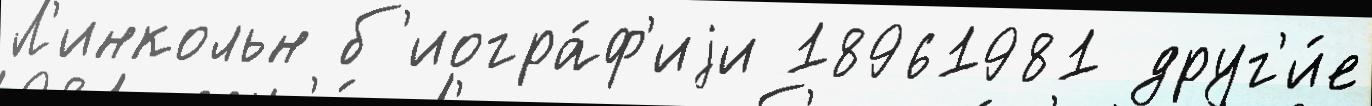
Л'инкольн б'иогра́ф'иjи 18961981 друг'и́е